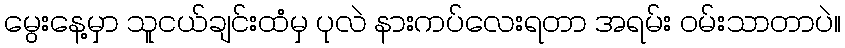
မွေးနေ့မှာ သူငယ်ချင်းထံမှ ပုလဲ နားကပ်လေးရတာ အရမ်း ဝမ်းသာတာပဲ။